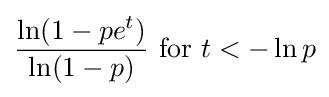
{\frac {\ln(1-pe^{t})}{\ln(1-p)}}{\text{ for }}t<-\ln p